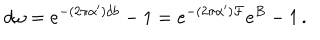
d \omega = e ^ { - ( 2 \pi \alpha ^ { \prime } ) d b } - 1 = e ^ { - ( 2 \pi \alpha ^ { \prime } ) { \cal F } } e ^ { B } - 1 \, .